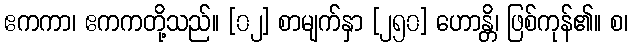
ဧကကာ၊ ဧကကတို့သည်။ [၀၂] စာမျက်နှာ [၂၅၀] ဟောန္တိ၊ ဖြစ်ကုန်၏။ စ၊